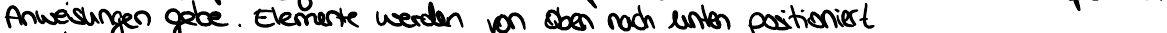
Anweisungen gebe. Elemente werden von oben nach unten positioniert